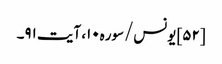
[۵۲] یونس/سوره۱۰، آیت ۹۱۔